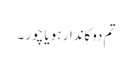
تم دوکاندار ہو یا چور ۔